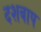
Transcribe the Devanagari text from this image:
दशबाप